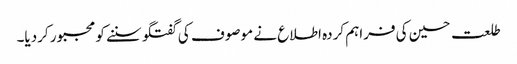
طلعت حسین کی فراہم کردہ اطلاع نے موصوف کی گفتگو سننے کو مجبور کردیا۔